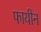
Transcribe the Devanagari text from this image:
फायीन